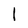
Character: l